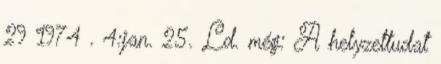
29 1974 . 4:jan. 25. Ld. még: A helyzettudat